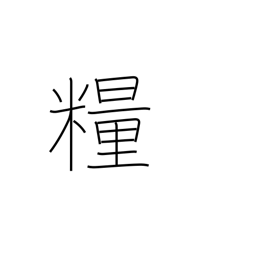
Meaning: provisions